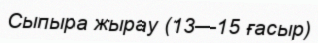
Сыпыра жырау (13—15 ғасыр)